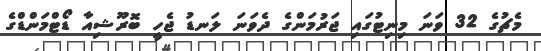
މެޗުގެ 32 ވަނަ މިނިޓުގައި ޖަރުމަންގެ ދެވަނަ ލަނޑު ޖެހީ ބޮރޫޝިއާ ޑޯޓްމަންޑްގެ